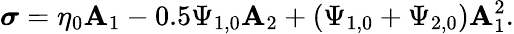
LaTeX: \boldsymbol{\sigma}=\eta_{0}\mathbf{A}_{1}-0.5\Psi_{1,0}\mathbf{A}_{2}+(\Psi_{1,0}+\Psi_{2,0})\mathbf{A}_{1}^{2}.